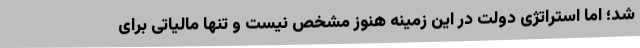
شد؛ اما استراتژی دولت در این زمینه هنوز مشخص نیست و تنها مالیاتی برای